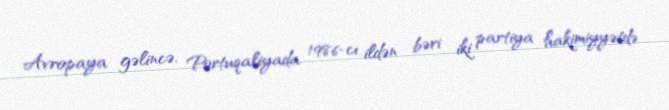
Avropaya gəlincə, Portuqaliyada 1986-cı ildən bəri iki partiya hakimiyyətdə